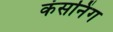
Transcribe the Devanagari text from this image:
कंसनिंग